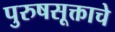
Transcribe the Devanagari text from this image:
पुरुषसूक्ताचे